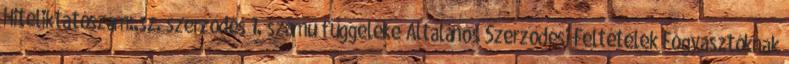
Hiteliktatószám:.sz. szerződés 1. számú függeléke Általános Szerződési Feltételek Fogyasztóknak